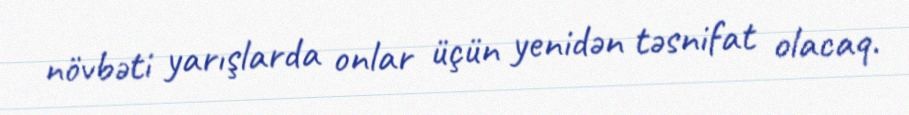
növbəti yarışlarda onlar üçün yenidən təsnifat olacaq.